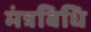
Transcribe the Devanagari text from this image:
मंत्रविधि